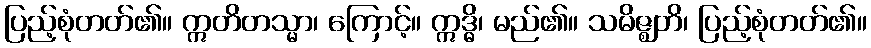
ပြည့်စုံတတ်၏။ ဣတိတသ္မာ၊ ကြောင့်။ ဣဒ္ဓိ၊ မည်၏။ သမိဇ္ဈတိ၊ ပြည့်စုံတတ်၏။